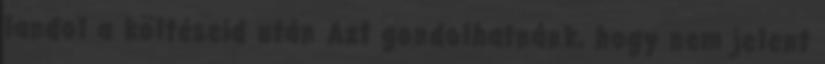
landol a költéseid után Azt gondolhatnánk, hogy nem jelent